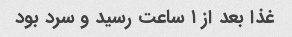
غذا بعد از ١ ساعت رسید و سرد بود